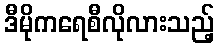
ဒီမိုကရေစီလိုလားသည့်